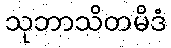
သုဘာသိတမိဒံ